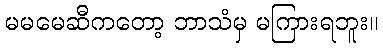
မမမေဆီကတော့ ဘာသံမှ မကြားရဘူး။